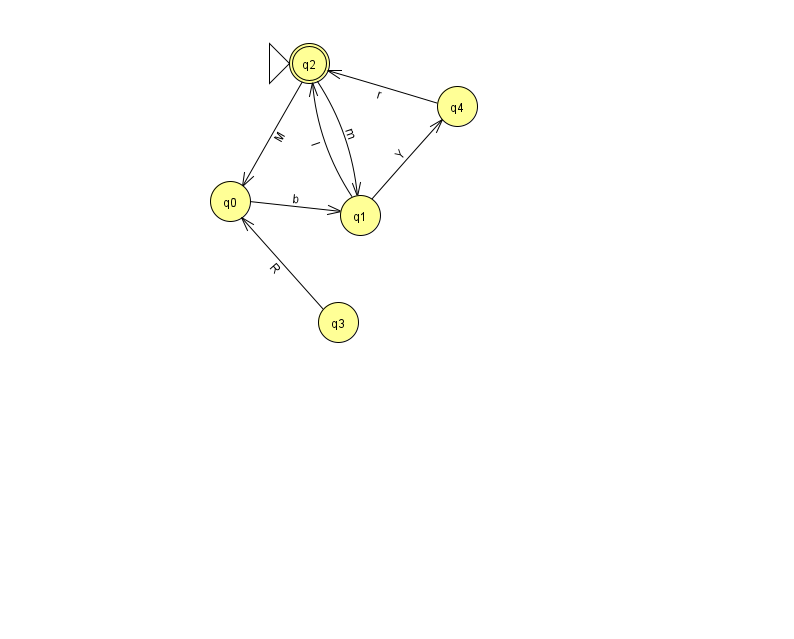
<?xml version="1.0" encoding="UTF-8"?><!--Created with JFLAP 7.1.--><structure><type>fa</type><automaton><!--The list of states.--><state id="0" name="q0"><x>230.0</x><y>188.0</y></state><state id="1" name="q1"><x>360.0</x><y>202.0</y></state><state id="2" name="q2"><x>309.0</x><y>50.0</y><initial/><final/></state><state id="3" name="q3"><x>338.0</x><y>309.0</y></state><state id="4" name="q4"><x>457.0</x><y>93.0</y></state><!--The list of transitions.--><transition><from>4</from><to>2</to><read>r</read></transition><transition><from>2</from><to>0</to><read>M</read></transition><transition><from>3</from><to>0</to><read>R</read></transition><transition><from>2</from><to>1</to><read>m</read></transition><transition><from>0</from><to>1</to><read>b</read></transition><transition><from>1</from><to>2</to><read>I</read></transition><transition><from>1</from><to>4</to><read>Y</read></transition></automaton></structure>